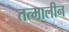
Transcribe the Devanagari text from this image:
तत्मालीन